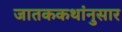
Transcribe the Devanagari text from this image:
जातककथांनुसार